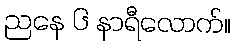
ညနေ ၆ နာရီလောက်။